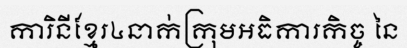
ការិនីខ្មែរ៤នាក់ក្រុមអធិការកិច្ច នៃ